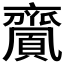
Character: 𪗎